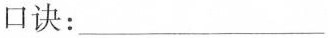
口诀：___